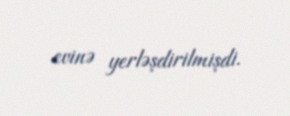
evinə yerləşdirilmişdi.